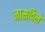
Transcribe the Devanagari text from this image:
नासविले